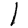
Digit: 1